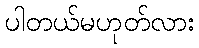
ပါတယ်မဟုတ်လား